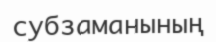
субзаманының